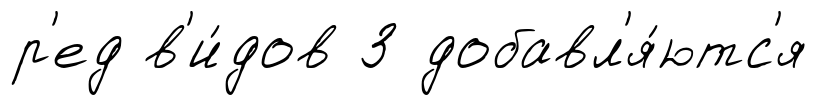
р'ед в'и́дов З добавл'я́ютс'я